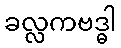
ခလ္လကဗဒ္ဓါ